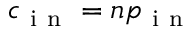
c _ { \mathrm { ~ i ~ n ~ } } = n p _ { \mathrm { ~ i ~ n ~ } }